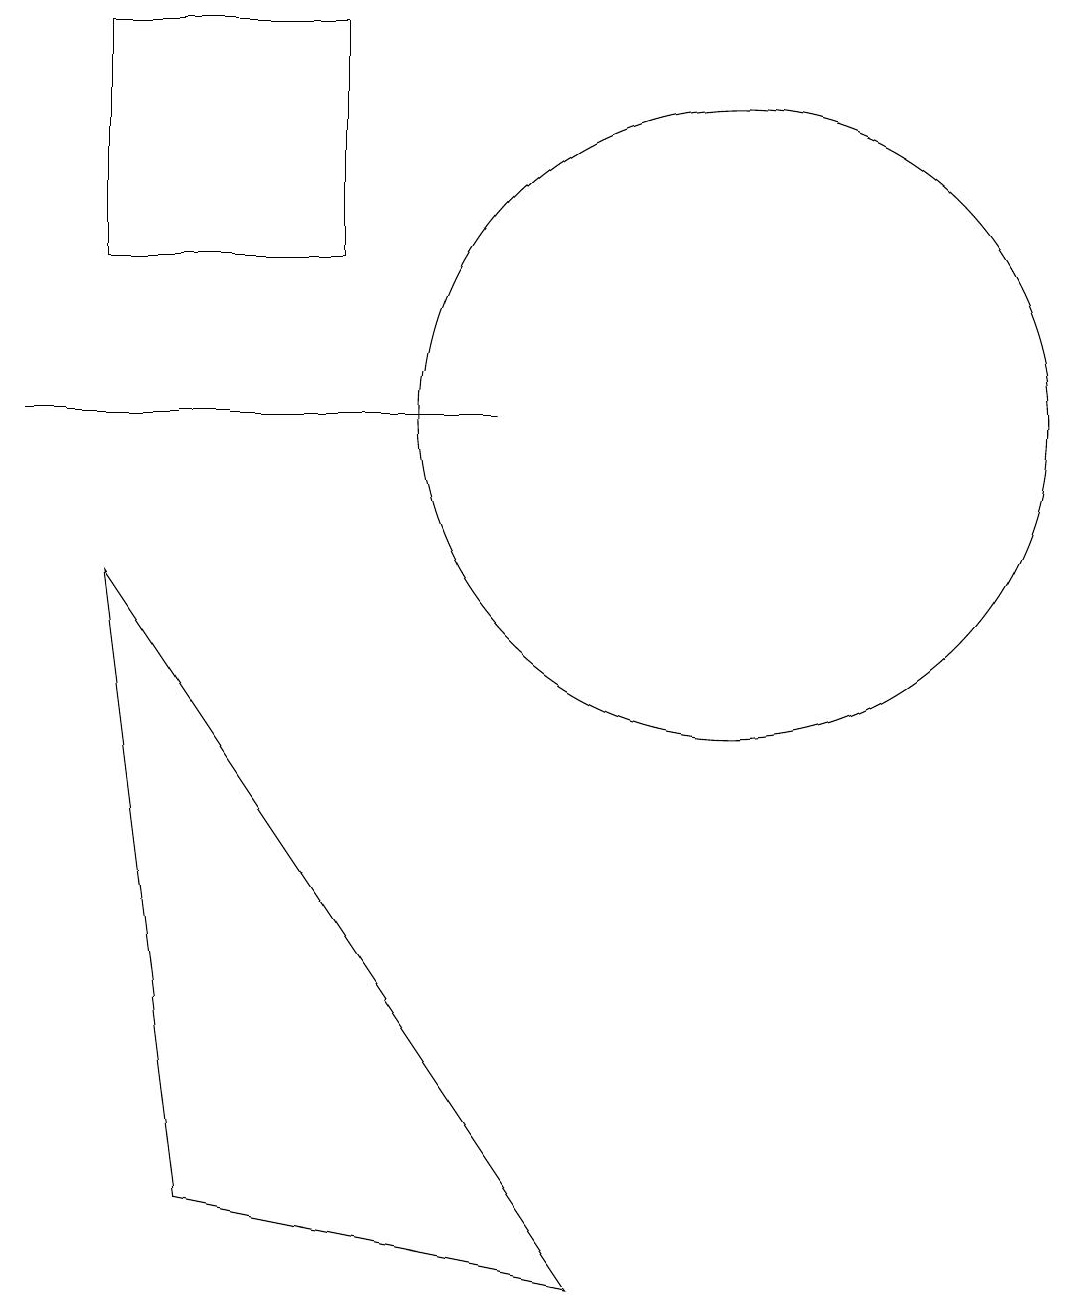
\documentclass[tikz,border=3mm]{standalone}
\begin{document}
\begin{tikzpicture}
\draw (8,11) rectangle (2,11);
\draw (9,0) -- (4,1) -- (3,9) -- cycle;
\draw (11,11) circle (4);
\draw (6,13) rectangle (3,16);
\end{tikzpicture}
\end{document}